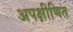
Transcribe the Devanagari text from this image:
अपक्षीणित